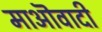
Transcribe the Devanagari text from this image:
माऒवादी